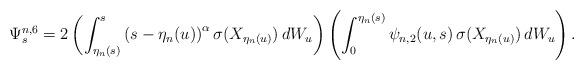
LaTeX: \begin{align*} \Psi^{n,6}_s =2\left( \int^s_{\eta_n(s)}\left(s-\eta_n(u)\right)^{\alpha}\sigma(X_{\eta_n(u)})\, dW_u \right) \left(\int^{\eta_n(s)}_0 \psi_{n,2}(u,s)\, \sigma(X_{\eta_n(u)})\, dW_u \right). \end{align*}